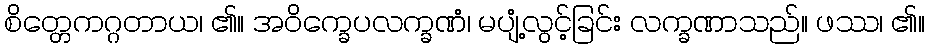
စိတ္တေကဂ္ဂတာယ၊ ၏။ အဝိက္ခေပလက္ခဏံ၊ မပျံ့လွင့်ခြင်း လက္ခဏာသည်။ ဖဿ၊ ၏။